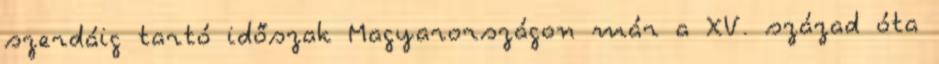
szerdáig tartó időszak Magyarországon már a XV. század óta